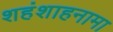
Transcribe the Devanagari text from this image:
शहंशाहनामा